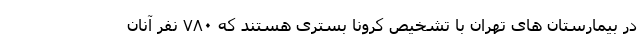
در بیمارستان های تهران با تشخیص کرونا بستری هستند که ۷۸۰ نفر آنان